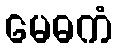
မေဓကံ